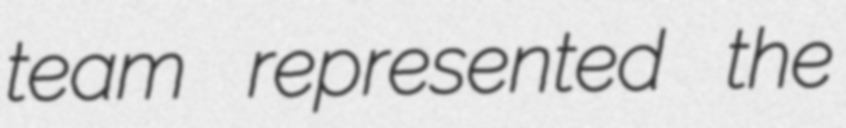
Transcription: team represented the